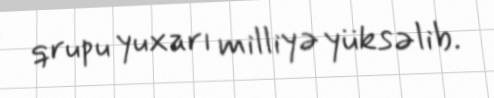
qrupu yuxarı milliyə yüksəlib.